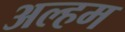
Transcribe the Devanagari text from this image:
अल्हम